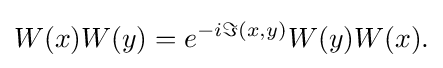
{W(x)W(y)=e^{-i\Im (x,y)}W(y)W(x).}